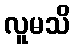
လူမသိ